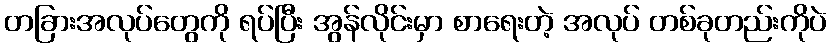
တခြားအလုပ်တွေကို ရပ်ပြီး အွန်လိုင်းမှာ စာရေးတဲ့ အလုပ် တစ်ခုတည်းကိုပဲ